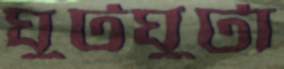
ঘুটঘুটা